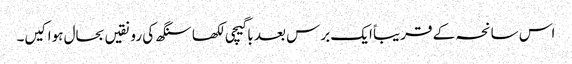
اس سانحہ کے قریباً ایک برس بعد باگیچی لکھا سنگھ کی رونقیں بحال ہوا کیں۔